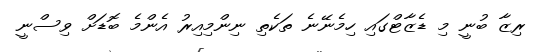
ރިޒާ ބުނީ މި ޑެޒާޓްގައި ހިމެނޭނެ ތަކެތި ނިންމިއިރު އެންމެ ބޮޑަށް ވިސްނީ